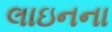
લાઇનના